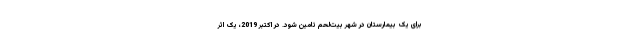
برای یک بیمارستان در شهر بیت‌لحم تامین شود. در اکتبر 2019، یک اثر